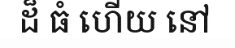
ដ៏ ធំ ហើយ នៅ